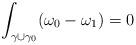
LaTeX: \begin{align*}\int_{\gamma\cup \gamma_0}(\omega_0-\omega_1)=0\end{align*}